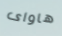
هاواى